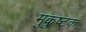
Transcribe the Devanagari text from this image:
मुकुष्टक